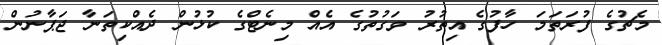
މެޗުގެ ފުރަތަމަ ހާފުގެ އިތުރު ވަގުތުގެ އެއް މިނެޓްގެ ކުޅުން ދެއްކިތަނާ ޖަޕާނުން